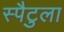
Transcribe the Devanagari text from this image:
स्पैटुला